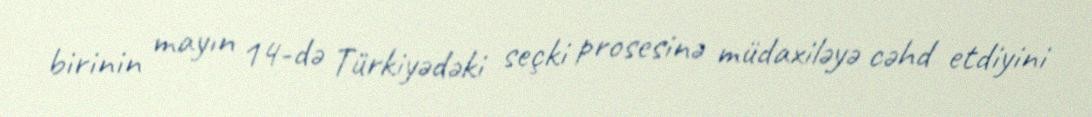
birinin mayın 14-də Türkiyədəki seçki prosesinə müdaxiləyə cəhd etdiyini